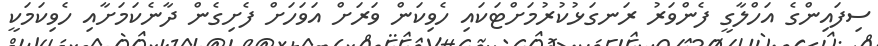
ސިފައިންގެ އަހްލާގީ ފެންވަރު ރަނގަޅުކުރުމަށްޓަކައި ހެވިކަން ވަރަށް އަވަހަށް ފެށިގެން ދާނެކަމަށާއި ހެވިކަމަކީ